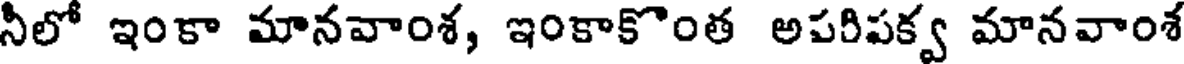
నీలో ఇంకా మానవాంశ, ఇంకాకొంత అపరిపక్వ మానవాంశ